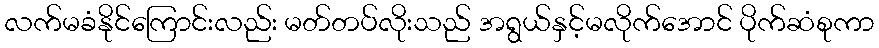
လက်မခံနိုင်ကြောင်းလည်း မတ်တပ်လိုးသည် အရွယ်နှင့်မလိုက်အောင် ပိုက်ဆံစုကာ